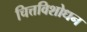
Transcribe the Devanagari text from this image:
चित्तविशोधन